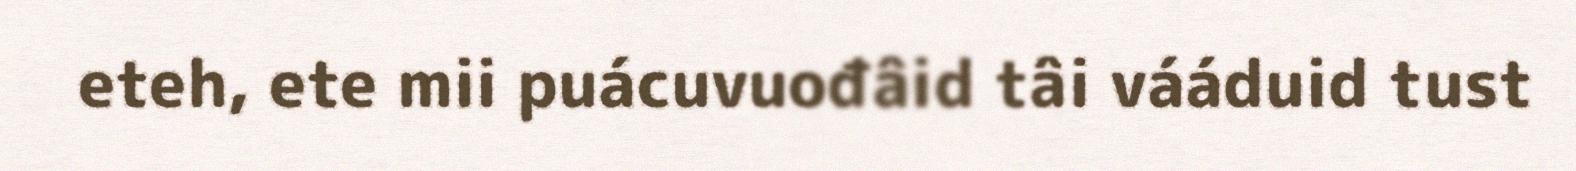
eteh, ete mii puácuvuođâid tâi vááduid tust